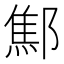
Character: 𨝱